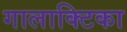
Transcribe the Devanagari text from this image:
गालाक्टिका